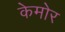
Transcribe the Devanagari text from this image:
केमोर